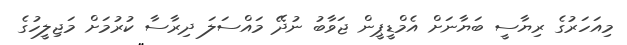
މިއަހަރުގެ ރިޔާސީ ބަޔާނަށް އެމްޑީޕީން ޖަވާބު ނުދޭ މައްސަލަ ދިރާސާ ކުރުމަށް މަޖިލީހުގެ